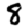
Digit: 8